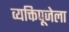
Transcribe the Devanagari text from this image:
व्यक्तिपूजेला